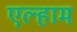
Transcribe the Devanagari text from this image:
एल्हाम